Annual vaccination report of Bihar and Orissa - 1911-1928
Year: 1911
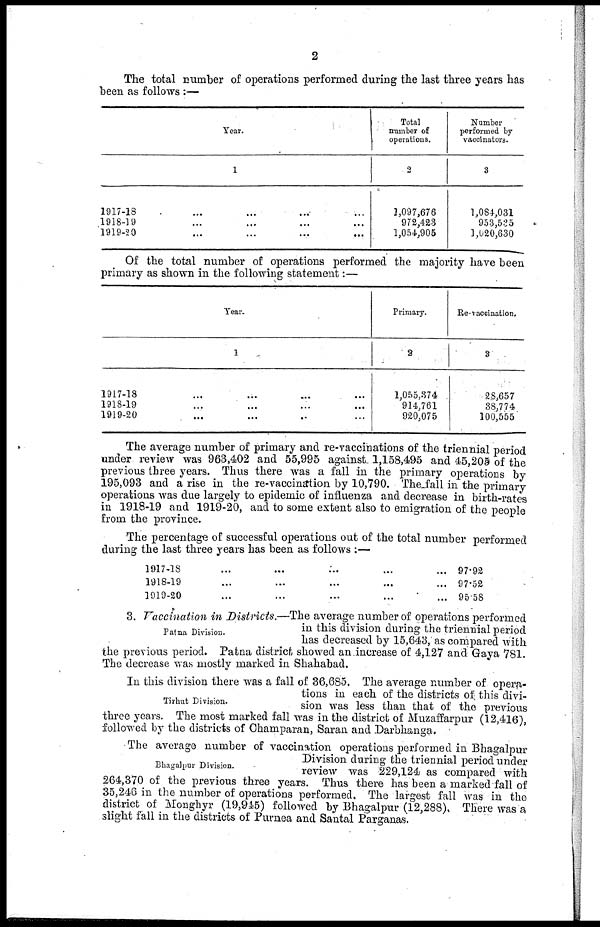
2
The total number of operations performed during the last three years has
been as follows :—
Year.
1
1917-18 ... ... ... ...
1918-19 ... ... ... ...
1919-20 ... ... ... ...
Total
number of
operations.
2
1,097,676
972,423
1,054,905
Number
performed by
vaccinators.
3
1,084,031
953,535
1,020,630
Of the total number of operations performed the majority have been
primary as shown in the following statement:—
Year.
1
1917-18 ... ... ... ...
1918-19 ... ... ... ...
1919-20 ... ... ... ...
Primary.
2
1,055,374
914,761
920,075
Re-vaccination.
3
28,657
38,774
100,555
The average number of primary and re-vaccinations of the triennial period
under review was 963,402 and 55,995 against 1,158,495 and 45,205 of the
previous three years. Thus there was a fall in the primary operations by
195,093 and a rise in the re-vaccination by 10,790. The fall in the primary
operations was due largely to epidemic of influenza and decrease in birth-rates
in 1918-19 and 1919-20, and to some extent also to emigration of the people
from the province.
The percentage of successful operations out of the total number performed
during the last three years has been as follows :—
1917-18 ... ... ... ... ...
1918-19 ... ... ... ... ...
1919-20 ... ... ... ... ...
97.92
97.52
95.58
Patna Division.
3. Vaccination in Districts.—The average number of operations performed
in this division during the triennial period
has decreased by 15,643, as compared with
the previous period. Patna district showed an increase of 4,127 and Gaya 781.
The decrease was mostly marked in Shahabad.
Tirhut Division.
In this division there was a fall of 36,685. The average number of opera-
tions in each of the districts of this divi-
sion was less than that of the previous
three years. The most marked fall was in the district of Muzaffarpur (12,416),
followed by the districts of Champaran, Saran and Darbhanga.
Bhagalpur Division.
The average number of vaccination operations performed in Bhagalpur
Division during the triennial period under
review was 229,124 as compared with
264,370 of the previous three years. Thus there has been a marked fall of
35,246 in the number of operations performed. The largest fall was in the
district of Monghyr (19,945) followed by Bhagalpur (12,288). There was a
slight fall in the districts of Purnea and Santal Parganas.